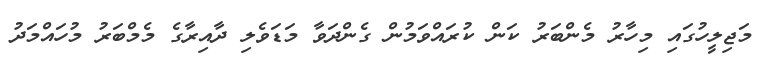
މަޖިލީހުގައި މިހާރު މެންބަރު ކަން ކުރައްވަމުން ގެންދަވާ މަޑަވެލި ދާއިރާގެ މެމްބަރު މުހައްމަދު